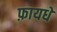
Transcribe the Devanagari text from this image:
फ़ायधे